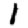
Digit: 1